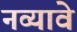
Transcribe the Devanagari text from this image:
नव्यावे